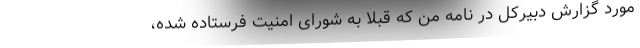
مورد گزارش دبیرکل در نامه من که قبلاً به شورای امنیت فرستاده شده،